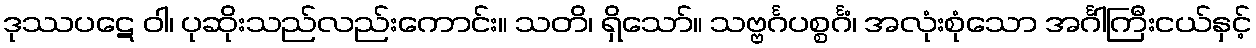
ဒုဿပဋေ ဝါ၊ ပုဆိုးသည်လည်းကောင်း။ သတိ၊ ရှိသော်။ သဗ္ဗင်္ဂပစ္စင်္ဂံ၊ အလုံးစုံသော အင်္ဂါကြီးငယ်နှင့်